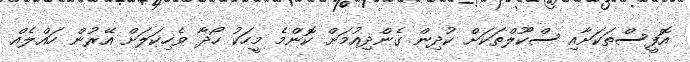
އޮފީސްތަކަށާއި ސްކޫލްތަކަށް ކުދިން ގެންދިއުމަށް ކޮންމެ މީހަކު ހޯދާ ވެހިކަލަށް އޭރުން ހައްލެއް